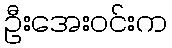
ဦးအေးဝင်းက